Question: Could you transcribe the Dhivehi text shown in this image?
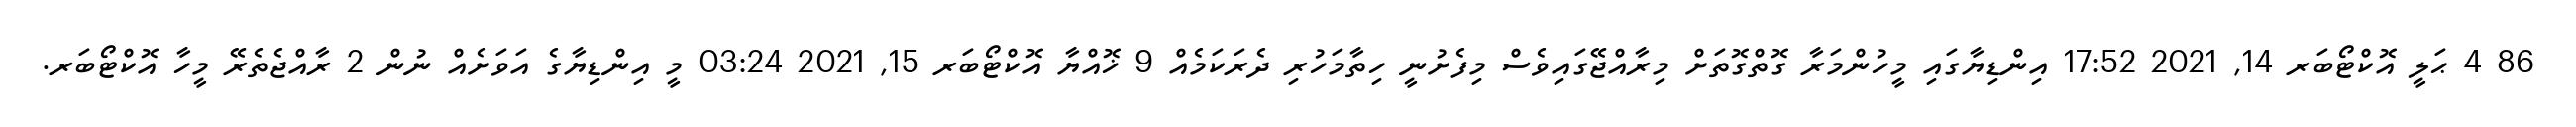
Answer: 86 4 ޙަލީ އޮކްޓޯބަރ 14, 2021 17:52 އިންޑިޔާގައި މީހުންމަރާ ގޮތްގޮތަށް މިރާއްޖޭގައިވެސް މިފެށުނީ ހިތާމަހުރި ދެރަކަމެއް 9 ޚޮއްޔާ އޮކްޓޯބަރ 15, 2021 03:24 މީ އިންޑިޔާގެ އަވަށެއް ނުން 2 ރާއްޖެތެރޭ މީހާ އޮކްޓޯބަރ.